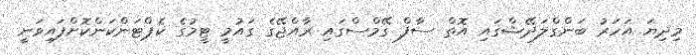
މިދިޔަ އަހަރު ބަންގްލަދޭޝްގައި އޮތް ސާފް ގޭމްސްގައި ރާއްޖޭގެ ގައުމީ ޓީމުގެ ކެޕްޓަންކަންކޮށްފައިވަނީ